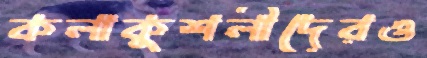
কলাকুশলীদেরও